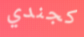
كجندي